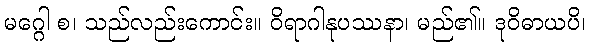
မဂ္ဂေါ စ၊ သည်လည်းကောင်း။ ဝိရာဂါနုပဿနာ၊ မည်၏။ ဒုဝိဓာယပိ၊